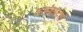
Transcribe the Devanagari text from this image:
कलंकप्रदेशों